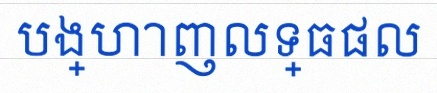
បង្ហាញលទ្ធផល